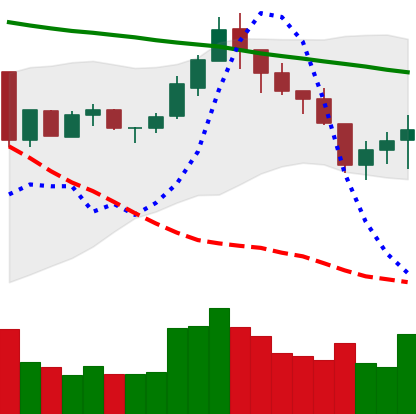
Ticker: LTC-USD
Chart end date: 2018-05-14
Forward return: -8.391%
Label: down_7plus